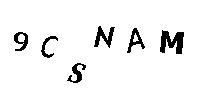
9CSNAM